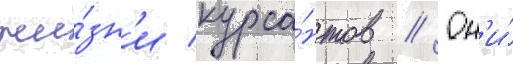
жи́зн'и курса́нтов // Он'и́